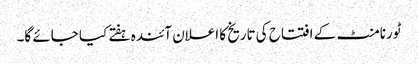
ٹورنامنٹ کے افتتاح کی تاریخ کا اعلان آئندہ ہفتے کیا جائے گا۔